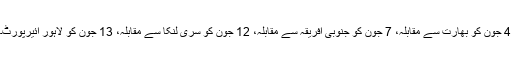
4 جون کو بھارت سے مقابلہ، 7 جون کو جنوبی افریقہ سے مقابلہ، 12 جون کو سری لنکا سے مقابلہ، 13 جون کو لاہور ائیرپورٹ۔